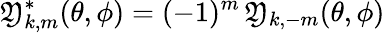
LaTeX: {\mathfrak{Y}_{k,m}^{*}(\theta,\phi)=(-1)^{m}\, \mathfrak{Y}_{k,-m}(\theta,\phi)}